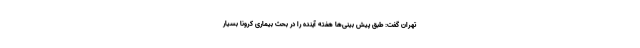
تهران گفت: طبق پیش بینی‌ها هفته آینده را در بحث بیماری کرونا بسیار